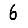
Digit: 6